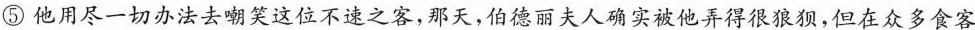
⑤他用尽一切办法去嘲笑这位不速之客，那天，伯德丽夫人确实被他弄得很狼狈，但在众多食客